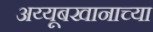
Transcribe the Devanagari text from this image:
अय्यूबखानाच्या